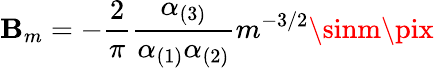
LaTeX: \mathbf{B}_{m}=-{\frac{{2}}{{\pi}}}{\frac{{\alpha_{(3)}}}{{\alpha_{(1)}\alpha_{(2)}}}}m^{-3/2}\sinm\pix